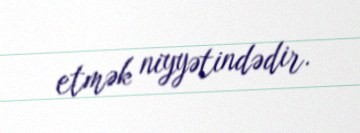
etmək niyyətindədir.